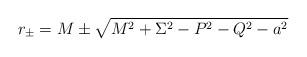
LaTeX: \begin{align*}r_\pm = M \pm\sqrt{M^2+\Sigma^2-P^2-Q^2-a^2}\end{align*}